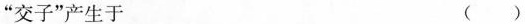
“交子”产生于 ( )